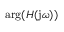
\arg ( H ( \mathrm { j } \omega ) )